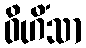
ဝိဟိံသာ